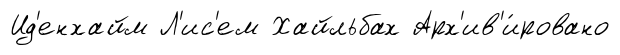
Ид'енхайм Л'ис'ем Хайльбах Арх'ив'и́ровано